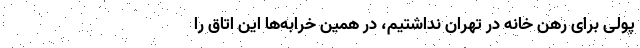
پولی برای رهن خانه در تهران نداشتیم، در همین خرابه‌ها این اتاق را